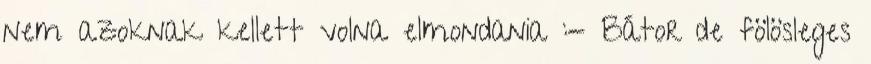
nem azoknak kellett volna elmondania :- Bátor de fölösleges